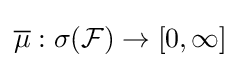
{\overline {\mu }}:\sigma ({\mathcal {F}})\to [0,\infty ]